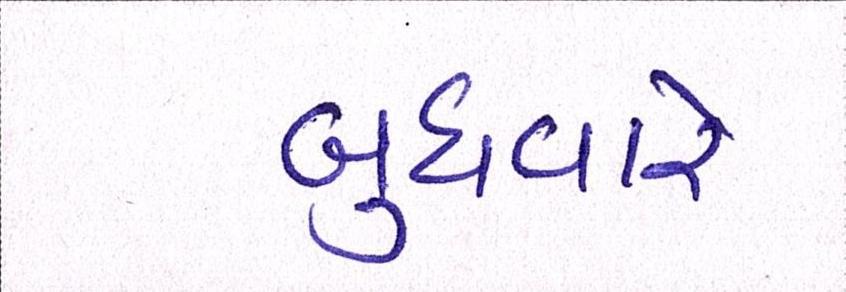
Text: બુધવારે